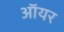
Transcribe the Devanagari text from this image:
ऑयर